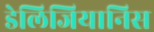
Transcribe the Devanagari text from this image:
डेलिजियानिस